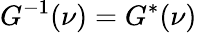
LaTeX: G^{-1}(\nu)=G^{*}(\nu)